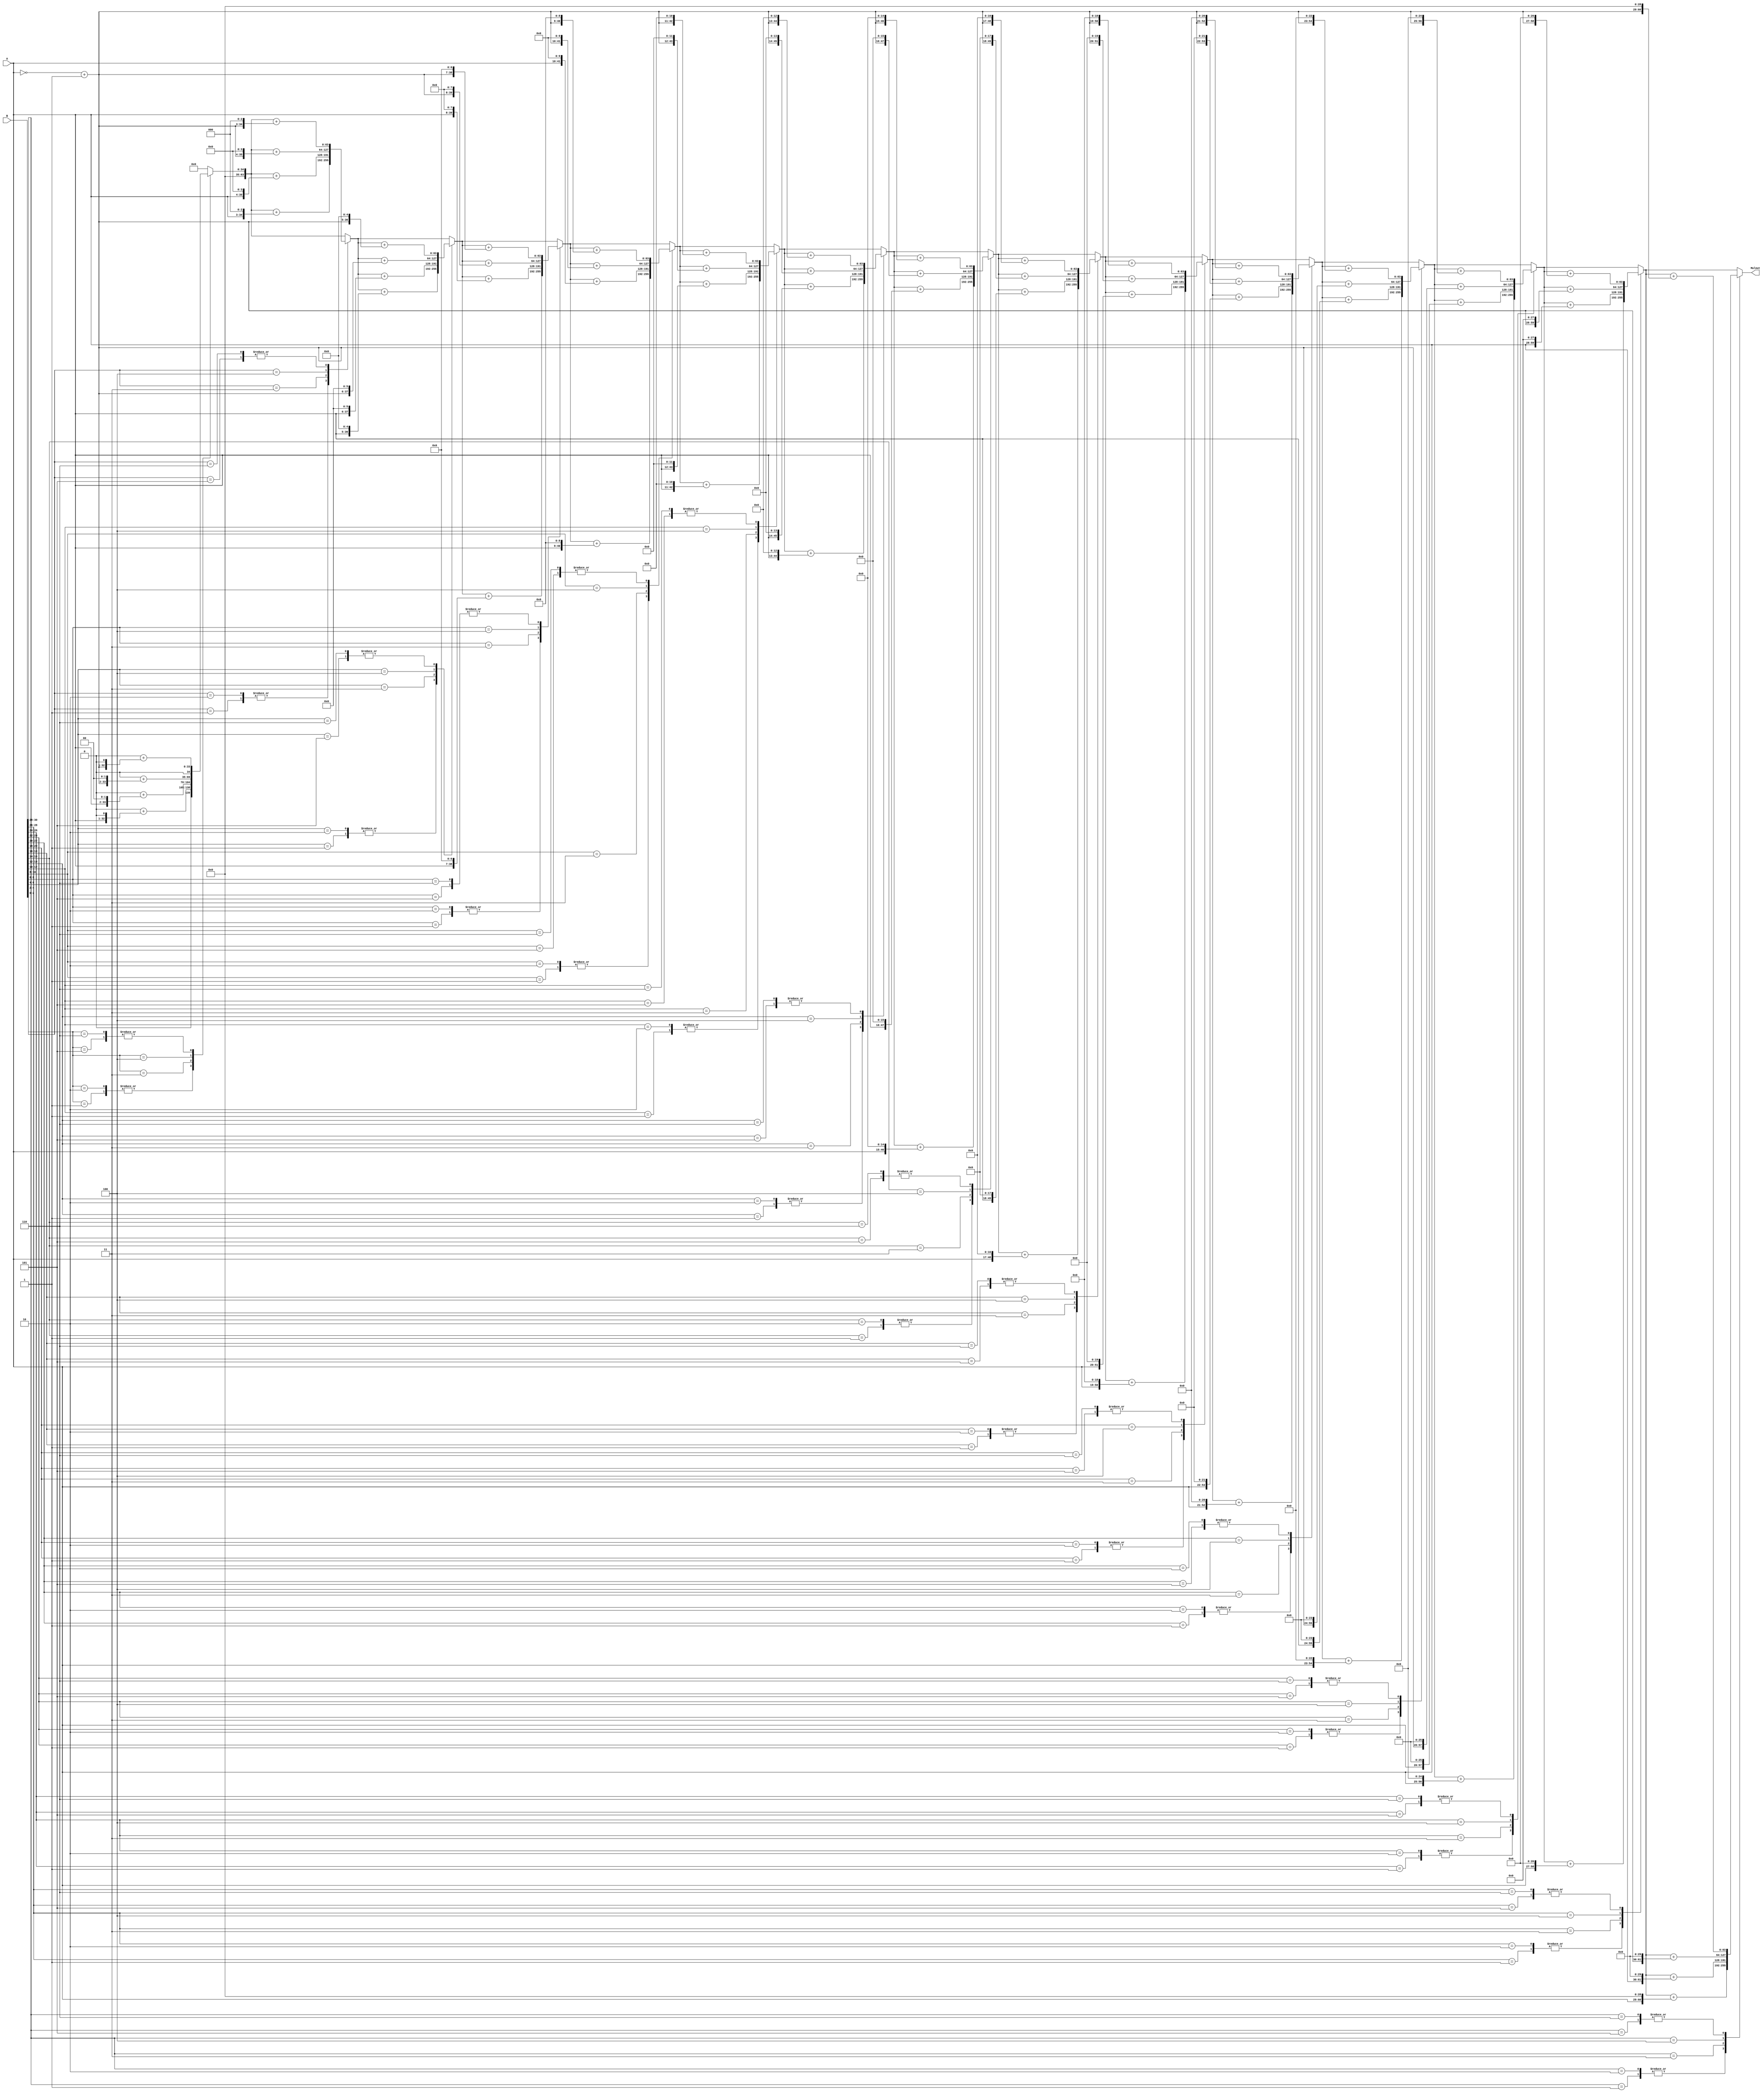
// Simulating the Control Sequence for the logical mul R6, R7 instruction using a 32x32 Booth algorithm with bit-pair recoding of multiplier
module multiplier(
input [31:0] A,
input [31:0] B,
output [63:0] Mulout
);
//reg [63:0] BoothSign_Ext;
reg [63:0] C;
integer i;

//"A_neg" is introduced to store the two's complement representation of 
//the negative of the input "A". The negative of "A" is computed using 
//the expression (~A + 1), which flips all the bits of "A" and then adds 
//1 to obtain the two's complement representation of the negative.
reg [31:0] A_neg;

always @ (A or B) begin
  C = 64'b0;
  A_neg = (~A + 1);
  //"B" is sign-extended and stored in a register "BoothSign_Ext".
  //BoothSign_Ext = {B[31], B[31:0], 1'b0};
  //"A" is replaced by the addition/subtraction of "A" or "A_neg", depending 
  //on the value of the three bits extracted from "BoothSign_Ext"
    for (i = 0; i < 30; i = i + 2) begin
        case (B[(i*1) +: 3])
            //3'b000: C = C + (A << i);
            3'b001: C = C + (A << i+1);
            3'b010: C = C + (A << i+1);
            3'b011: C = C + (A << i+2);
            3'b100: C = C + (A_neg << i+2);
            3'b101: C = C + (A_neg << i+1);
            3'b110: C = C + (A_neg << i+1);
            //3'b111: C = C + (A_neg << i);
            default : C = C;
    endcase
	 end
end
assign Mulout = C;
endmodule